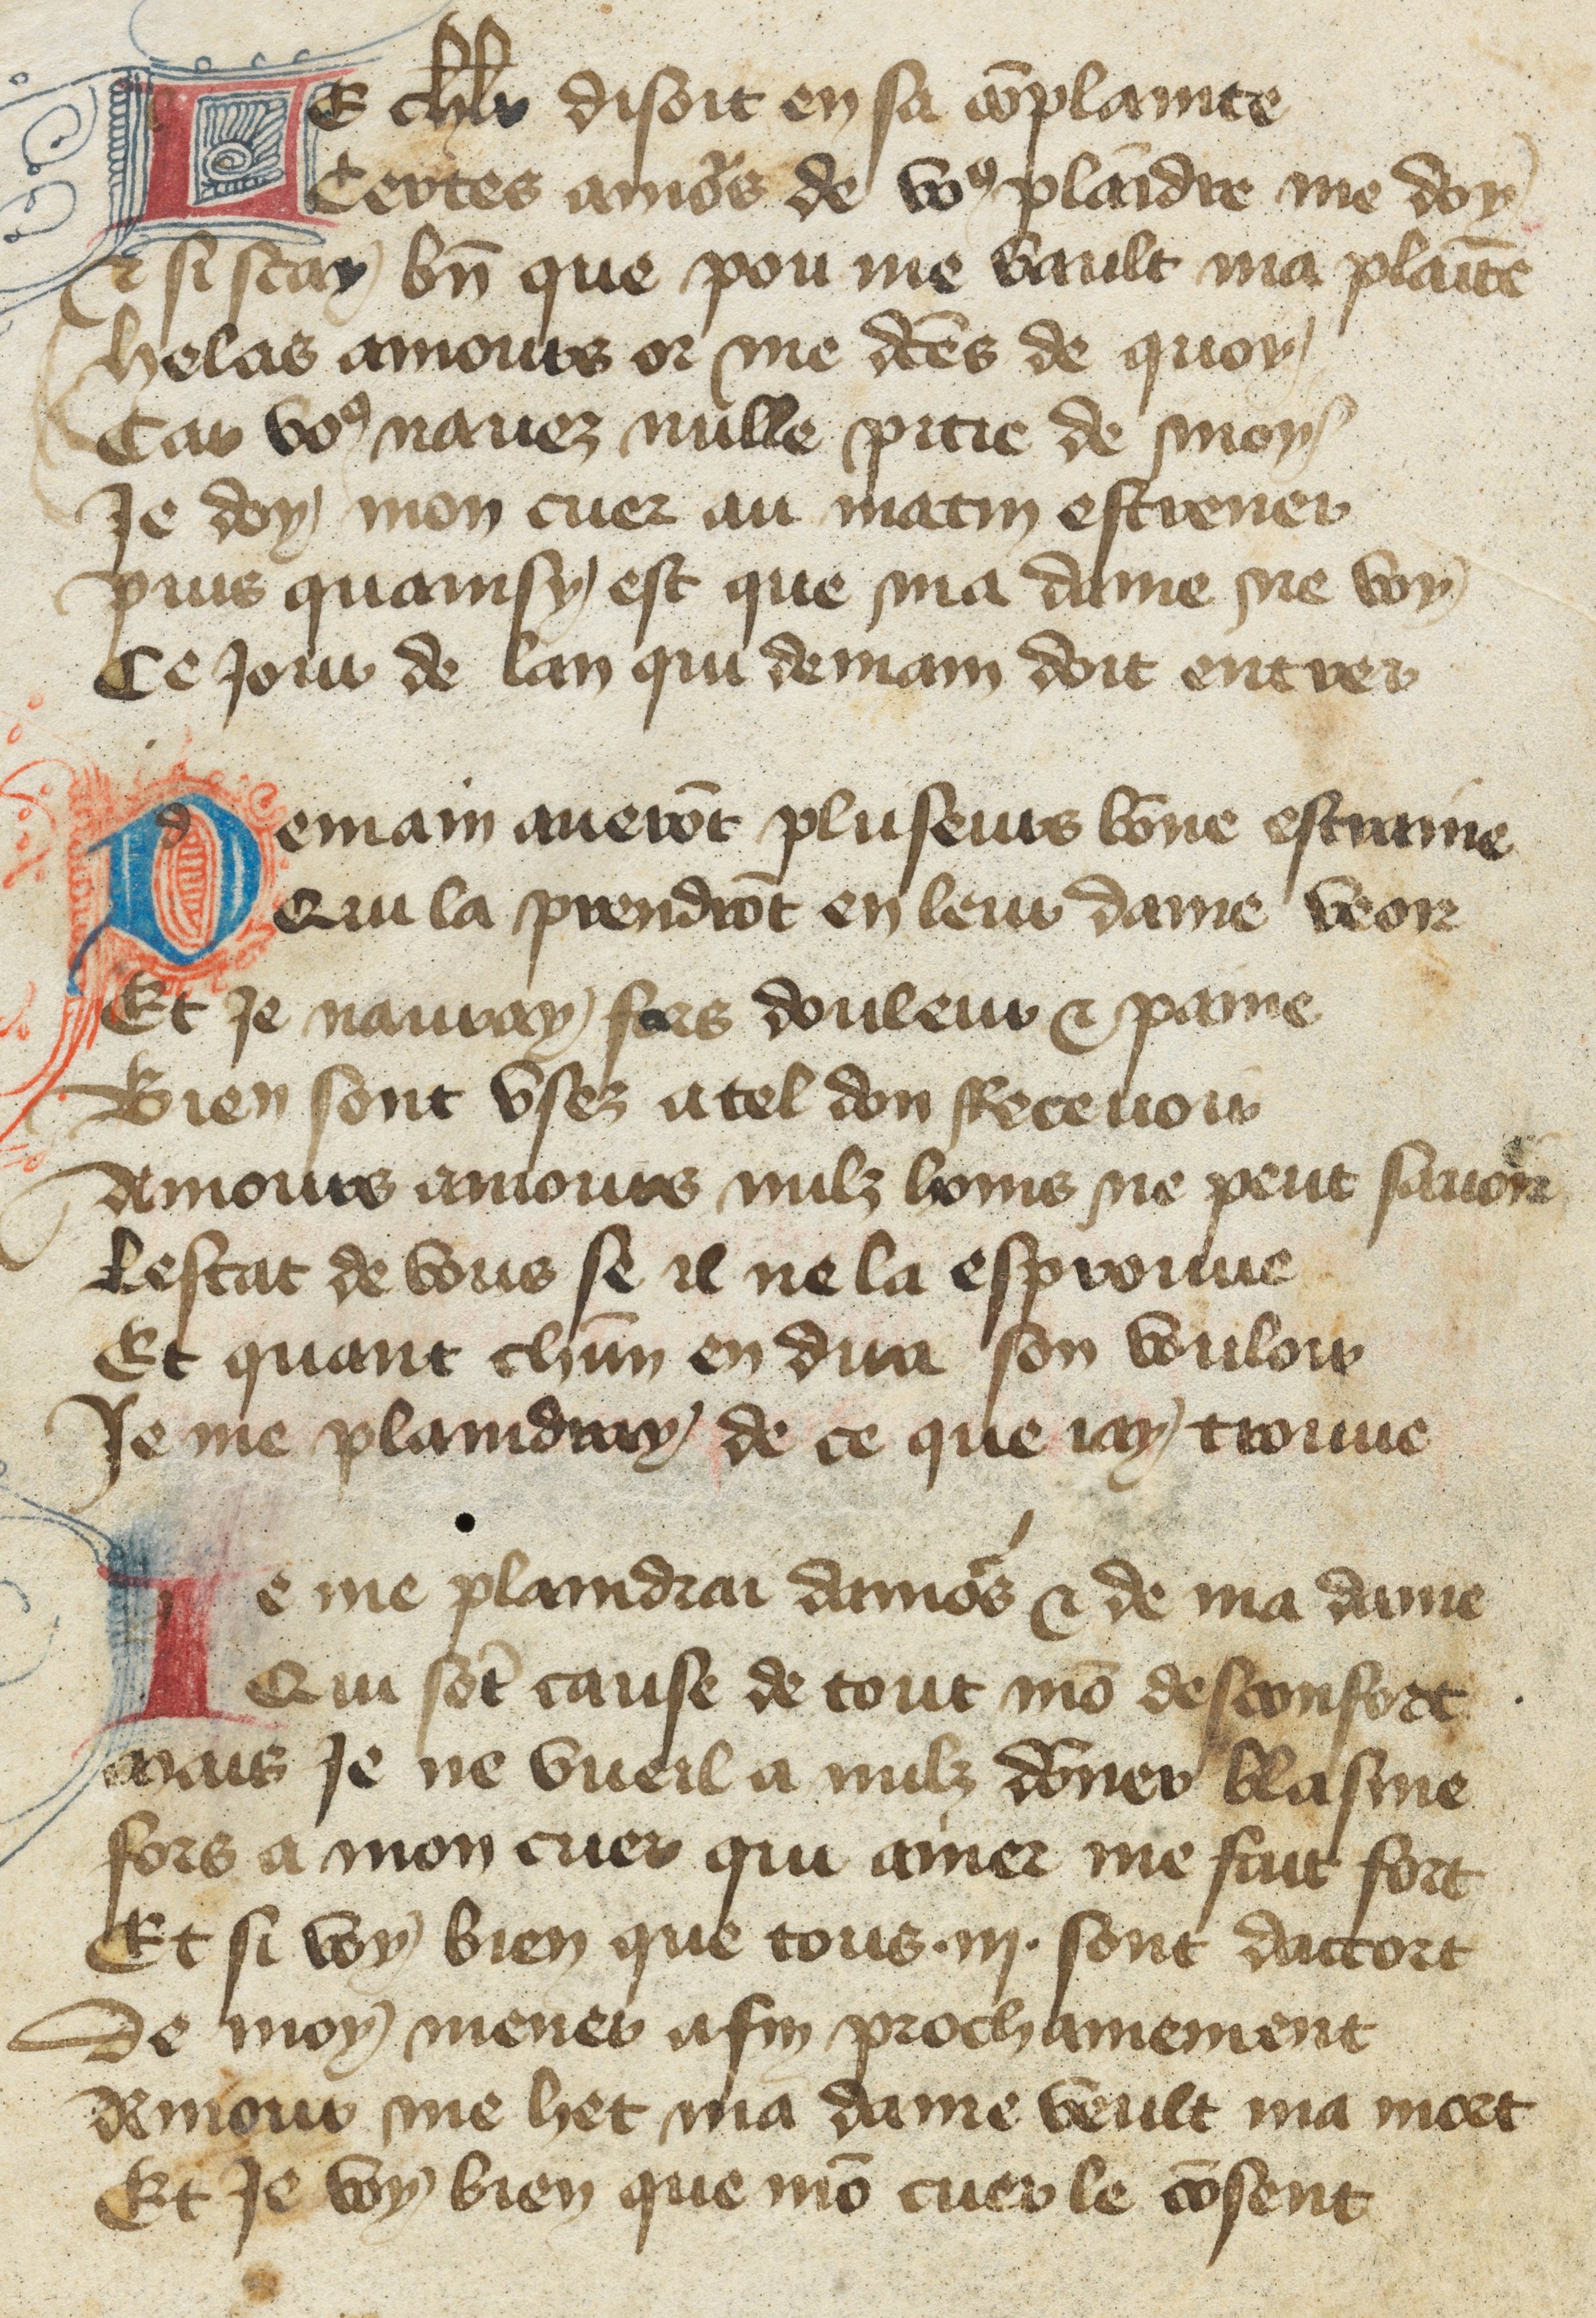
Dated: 1400–1432